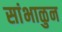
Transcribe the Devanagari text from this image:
सांभाळुन